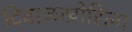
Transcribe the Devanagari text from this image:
दिवाळखोरिला